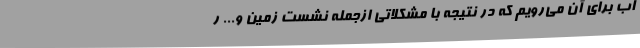
آب برای آن می‌رویم که در نتیجه با مشکلاتی ازجمله نشست زمین و... ر